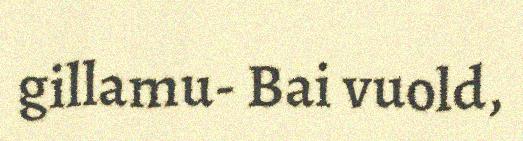
gillamu- Bai vuold,